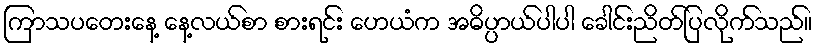
ကြာသပတေးနေ့ နေ့လယ်စာ စားရင်း ဟေယံက အဓိပ္ပာယ်ပါပါ ခေါင်းညိတ်ပြလိုက်သည်။